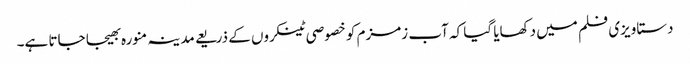
دستاویزی فلم میں دکھایا گیا کہ آب زمزم کو خصوصی ٹینکروں کے ذریعے مدینہ منورہ بھیجا جاتا ہے۔